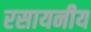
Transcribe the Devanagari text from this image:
रसायनीय